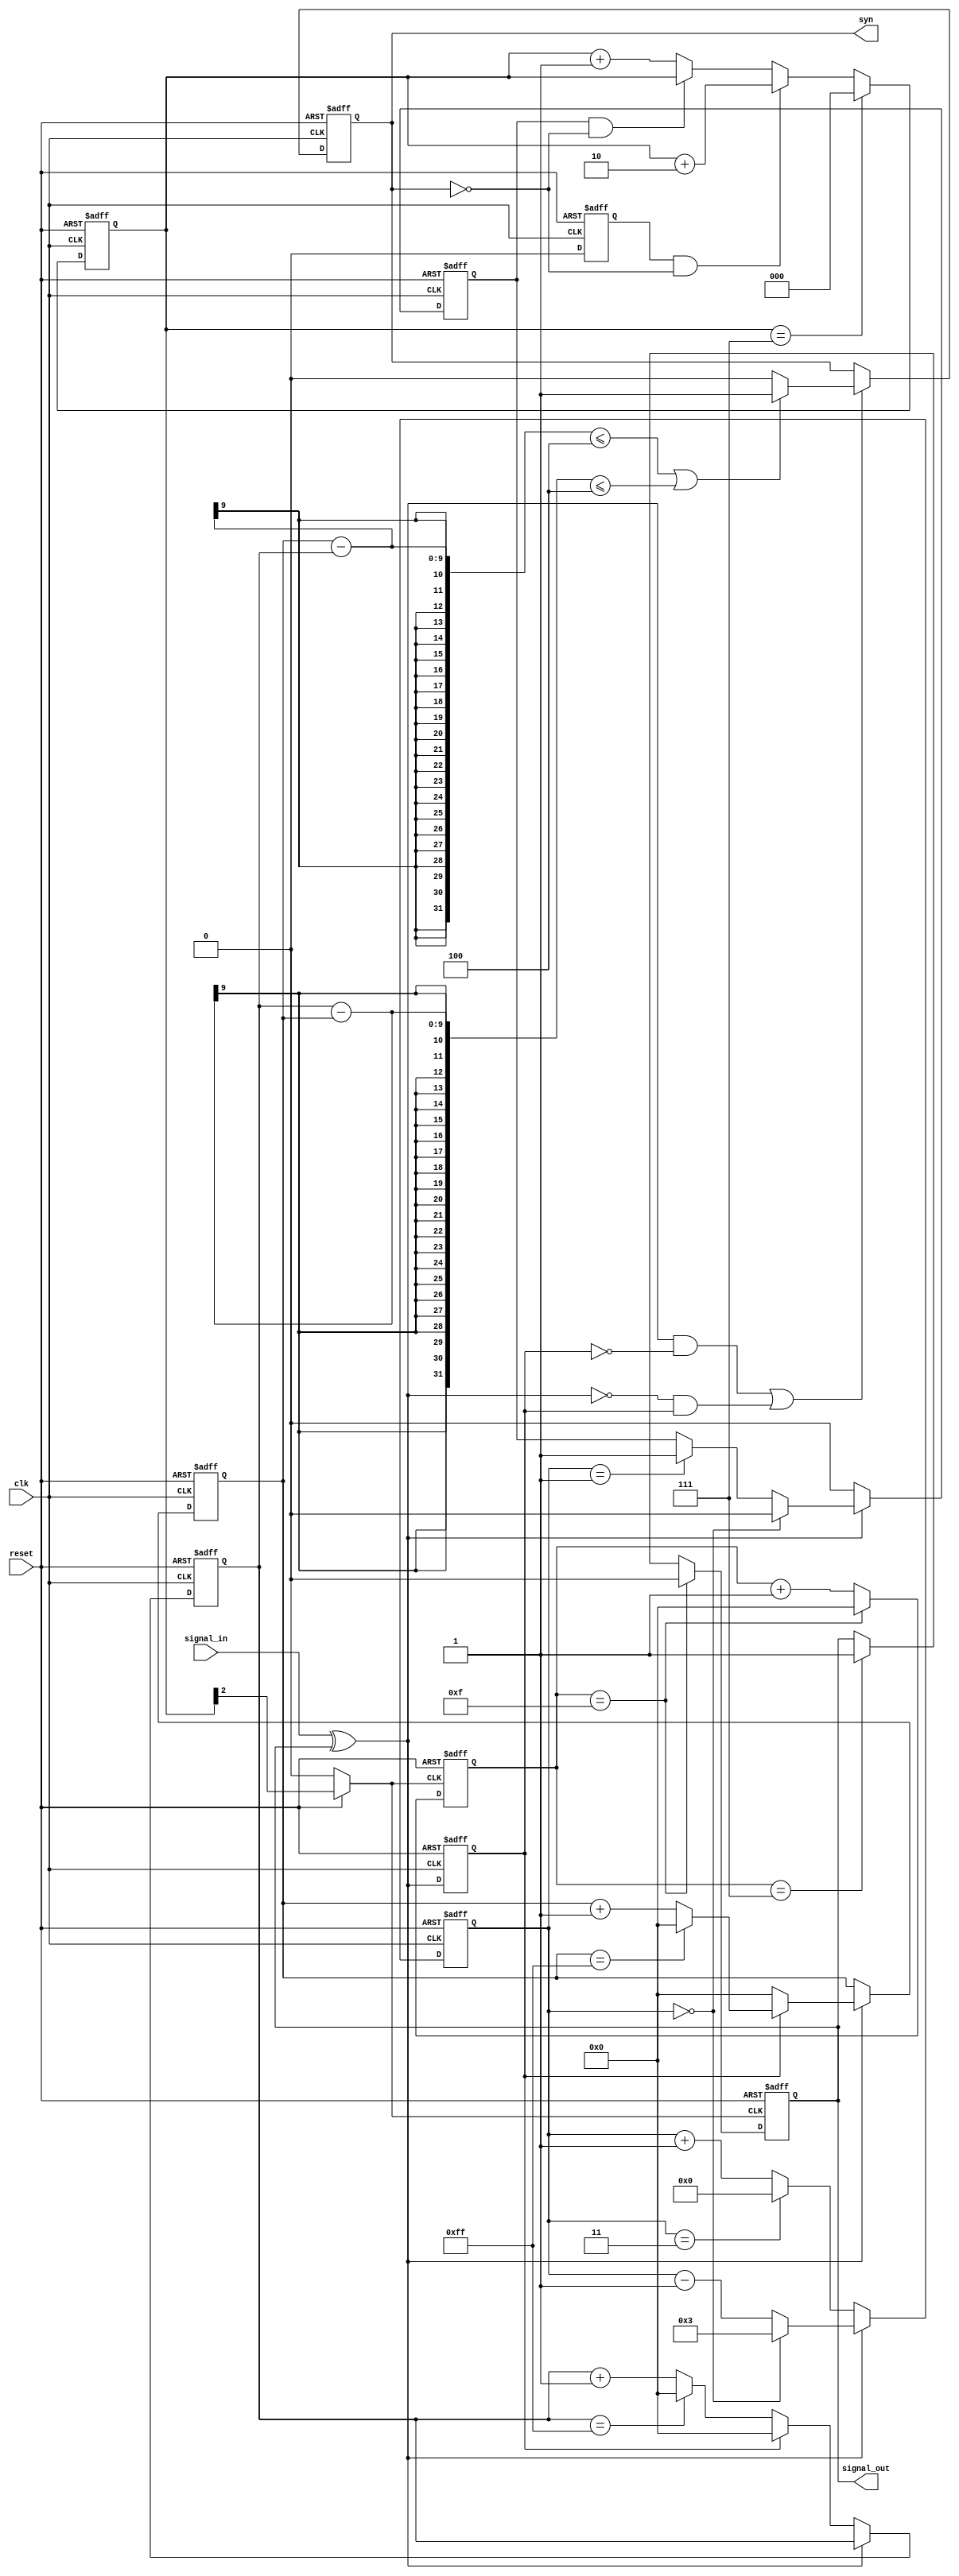
module dpll(reset,clk,signal_in,signal_out,syn);

parameter para_K=4;     //post-devider counter

parameter para_N=16;    //pre-divider counter

input reset;
input clk;
input signal_in;

output signal_out;
output syn;

reg signal_out;
reg dpout;
reg delclk;
reg addclk;
reg add_del_clkout;
reg [7:0]up_down_cnt;
reg [2:0]cnt8;
reg [8:0]cnt_N;
reg syn;
reg dpout_delay;
reg [8:0]cnt_dpout_high;
reg [8:0]cnt_dpout_low;


// pfd -> 
/******phase detector*****/
always@(signal_in or signal_out)
  begin
    dpout<=signal_in^signal_out;    //xor
  end

/******synchronization establish detector*****/
always@(posedge clk or negedge reset)
  begin
        if(!reset)    dpout_delay<='b0;
        else          dpout_delay<=dpout; //not 0
  end

always@(posedge clk or negedge reset)
  begin
      if(!reset)
          begin
            cnt_dpout_high<='b0; cnt_dpout_low<='b0;
          end
          //dpout and dpout_delay are the same
      else if(dpout)
                if(dpout_delay==0)  cnt_dpout_high<='b0;
                else
                    if(cnt_dpout_high==8'b11111111)  cnt_dpout_high<='b0;
                    else  cnt_dpout_high<=cnt_dpout_high+1;
      else if(!dpout)
                 if(dpout_delay==1)  cnt_dpout_low<='b0;
                 else
                     if(cnt_dpout_low==8'b11111111)  cnt_dpout_low<='b0;
                     else  cnt_dpout_low<=cnt_dpout_low+1;
   end
always@(posedge clk or negedge reset)
  begin
          if(!reset)  syn<='b0;
      else if((dpout&&!dpout_delay)||(!dpout&&dpout_delay))
           if(cnt_dpout_high[8:0]-cnt_dpout_low[8:0]<=4||cnt_dpout_low[8:0]-cnt_dpout_high[8:0]<=4)  syn<='b1;
           else  syn<='b0;
  end
/****up down couter with mod=K****/
always@(posedge clk or negedge reset)
begin
   if(!reset)
    begin
       delclk<='b0;
       addclk<='b0;
       up_down_cnt<='b00000000;
    end
   else
    begin
      if(!dpout)
       begin
        delclk<='b0;
        if(up_down_cnt==para_K-1)
          begin
            up_down_cnt<='b00000000;
            addclk<='b0;
          end
        else
          begin
           up_down_cnt<=up_down_cnt+1;
           addclk<='b0;
          end
      end
      else
        begin
        addclk<='b0;
                 if(up_down_cnt=='b0)
                   begin
                     up_down_cnt<=para_K-1;
                     delclk<='b0;
                   end
                  else
                   if(up_down_cnt==1)
                     begin
                       delclk<='b1;
                       up_down_cnt<=up_down_cnt-1;
                     end
                   else
                       up_down_cnt<=up_down_cnt-1;
                   end
                end
        end
/******add and delete clk*****/
always@(posedge clk or negedge reset)
begin
  if(!reset)
     begin
       cnt8<='b000;
     end
  else
     begin
      if(cnt8=='b111)
     begin
      cnt8<='b000;
   end
else
    if(addclk&&!syn)
       begin
         cnt8<=cnt8+2;
       end
    else
       if(delclk&&!syn)
          cnt8<=cnt8;
       else
          cnt8<=cnt8+1;
  end
end
always@(cnt8 or reset)
begin
if(!reset)
  add_del_clkout<='b0;
else
  add_del_clkout<=cnt8[2];
end

/******counter with mod=N******/
always@(posedge add_del_clkout or negedge reset)
begin
  if(!reset)
   begin
    cnt_N<='b0000;
    signal_out<='b0;
   end
else
   begin
     if(cnt_N==para_N-1)
       begin
         cnt_N<='b0000;
         signal_out<='b0;
   end
else
   if(cnt_N==(para_N-1)/2)
     begin
       signal_out<='b1;
       cnt_N<=cnt_N+1;
  end
else
      cnt_N<=cnt_N+1;
  end
end
endmodule